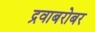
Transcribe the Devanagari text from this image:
द्रवाबरोबर